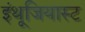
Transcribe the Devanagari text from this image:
इंथूजियास्ट